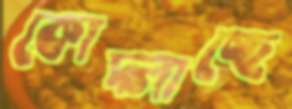
কোদ্‌লাচ্ছে